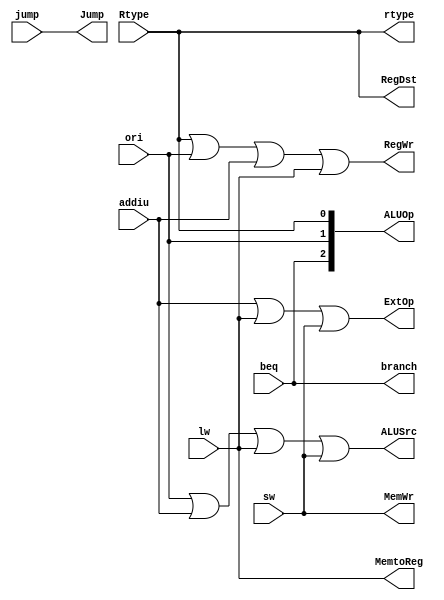
module mainCtr(
    input Rtype,
    input ori,
    input addiu,
    input lw,
    input sw,
    input beq,
    input jump,
    output RegWr,
    output ALUSrc,
    output RegDst,
    output MemtoReg,
    output MemWr,
    output branch,
    output Jump,
    output ExtOp,
    output [2:0] ALUOp,
    output rtype
);
    assign rtype = Rtype;
    assign RegWr = Rtype | ori | addiu | lw;
    assign ALUSrc = ori | addiu | lw | sw;
    assign RegDst = Rtype;
    assign MemtoReg = lw;
    assign MemWr = sw;
    assign branch = beq;
    assign Jump = jump;
    assign ExtOp = addiu | lw | sw;
    assign ALUOp[2] = beq;
    assign ALUOp[1] = ori;
    assign ALUOp[0] = Rtype;

endmodule